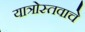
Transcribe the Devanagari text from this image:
यात्रोस्तवाचे